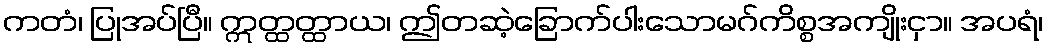
ကတံ၊ ပြုအပ်ပြီ။ ဣတ္ထတ္ထာယ၊ ဤတဆဲ့ခြောက်ပါးသောမဂ်ကိစ္စအကျိုးငှာ။ အပရံ၊